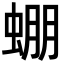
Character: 𧌇